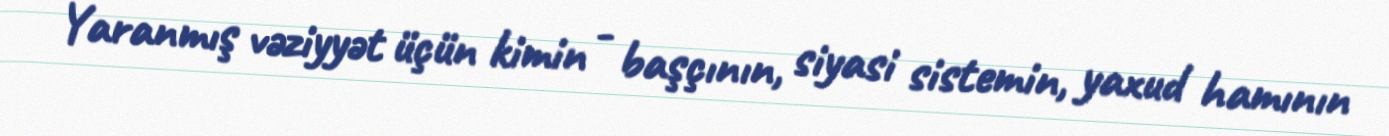
Yaranmış vəziyyət üçün kimin - başçının, siyasi sistemin, yaxud hamının